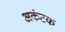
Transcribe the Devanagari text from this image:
अकंटक